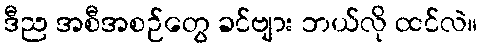
ဒီည အစီအစဉ်တွေ ခင်ဗျား ဘယ်လို ထင်လဲ။